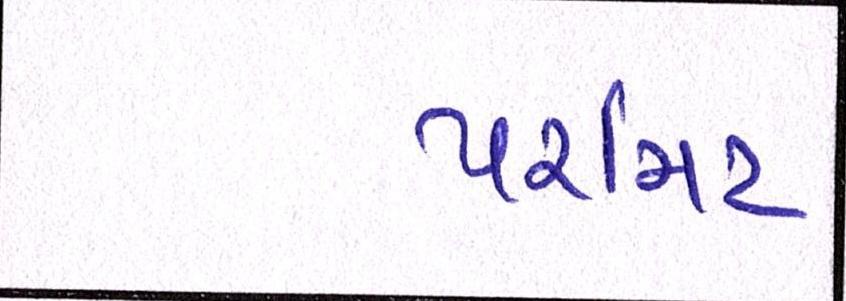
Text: પરમિટ